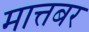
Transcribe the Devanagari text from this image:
मात्तबर